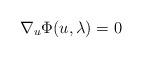
LaTeX: \begin{align*}\nabla_u\Phi(u,\lambda)=0 \end{align*}